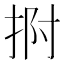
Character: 𭠯